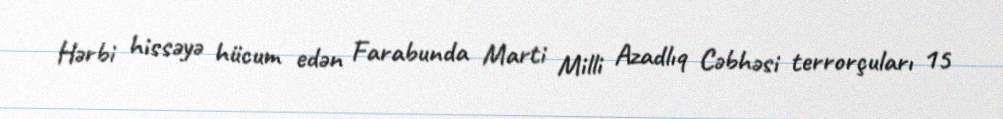
Hərbi hissəyə hücum edən Farabunda Marti Milli Azadlıq Cəbhəsi terrorçuları 15